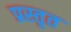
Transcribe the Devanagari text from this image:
प्रस्तृत